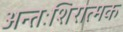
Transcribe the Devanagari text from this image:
अन्तःशिरात्मक